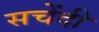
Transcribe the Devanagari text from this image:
सचेंदी